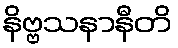
နိဗ္ဗသနာနီတိ